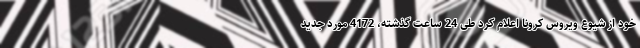
خود از شیوع ویروس کرونا اعلام کرد طی 24 ساعت گذشته، 4172 مورد جدید